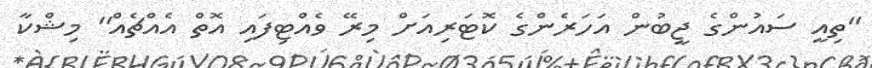
"ތިއީ ސައުންގެ ޖީބުން އަހަރެންގެ ކޮޓަރިއަށް މިރޭ ވެއްޓިފައި އޮތް އެއްޗެއް'' މިޝްކާ